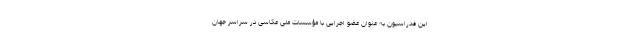
این فدراسیون به عنوان عضو اجرایی با مؤسسات ملی عکاسی در سراسر جهان